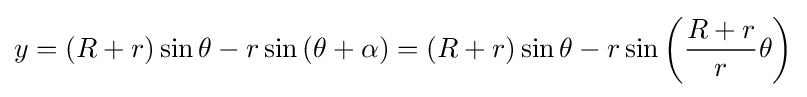
y=\left(R+r\right)\sin \theta -r\sin \left(\theta +\alpha \right)=\left(R+r\right)\sin \theta -r\sin \left({\frac {R+r}{r}}\theta \right)